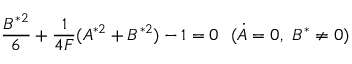
\frac { B ^ { * 2 } } { 6 } + \frac { 1 } { 4 F } ( A ^ { * 2 } + B ^ { * 2 } ) - 1 = 0 \ \ ( \Dot { A } = 0 , \ B ^ { * } \neq 0 )